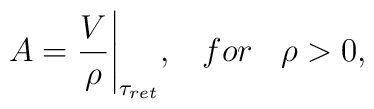
A=\frac{V}{\rho}{\Bigg|}_{{\tau}_{ret}},\;\;\;for\;\;\;\rho>0,